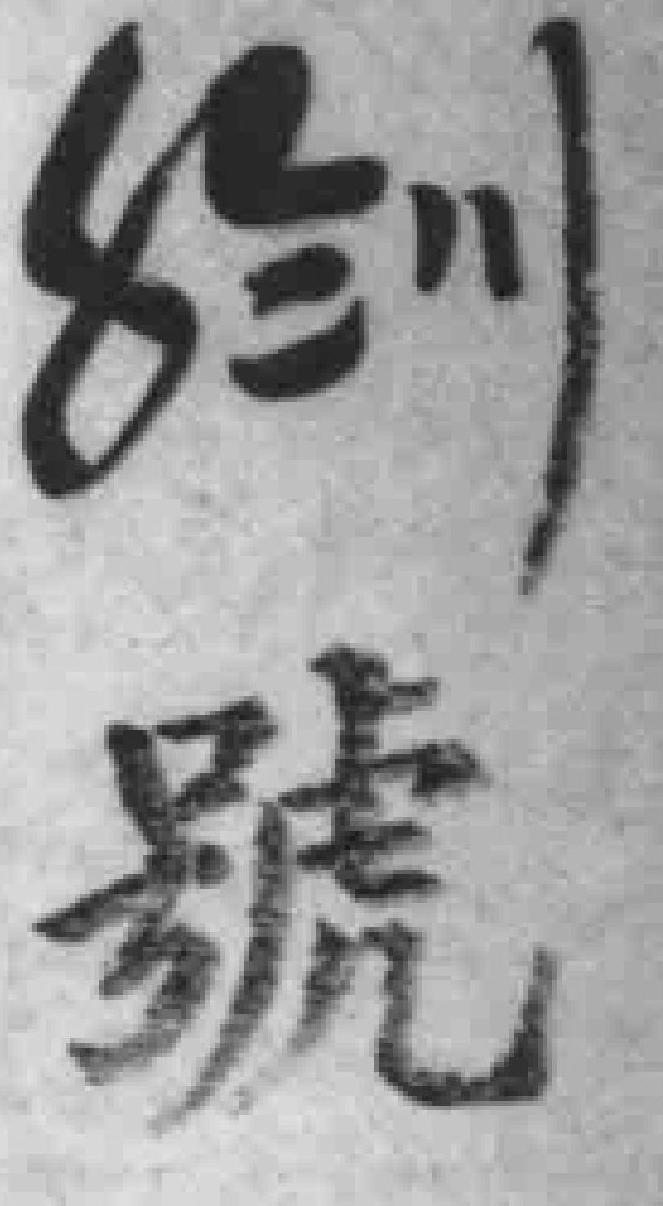
*號